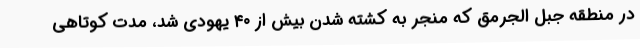
در منطقه جبل الجرمق که منجر به کشته شدن بیش از ۴۰ یهودی شد، مدت کوتاهی